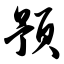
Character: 预